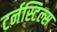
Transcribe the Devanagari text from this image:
टर्नस्टिल्स